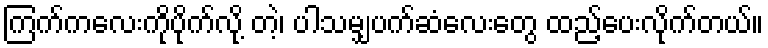
ကြက်ကလေးကိုပိုက်လို့ တဲ့၊ ပါသမျှပက်ဆံလေးတွေ ထည့်ပေးလိုက်တယ်။